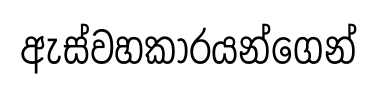
ඇස්වහකාරයන්ගෙන්